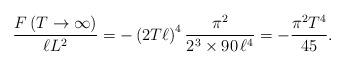
LaTeX: \begin{align*}\frac{F\left(T\to\infty\right)}{\ell L^2}=-\left(2T\ell\right)^4\frac{\pi^2}{2^3\times90\,\ell^4}=-\frac{\pi^2T^4}{45}.\end{align*}